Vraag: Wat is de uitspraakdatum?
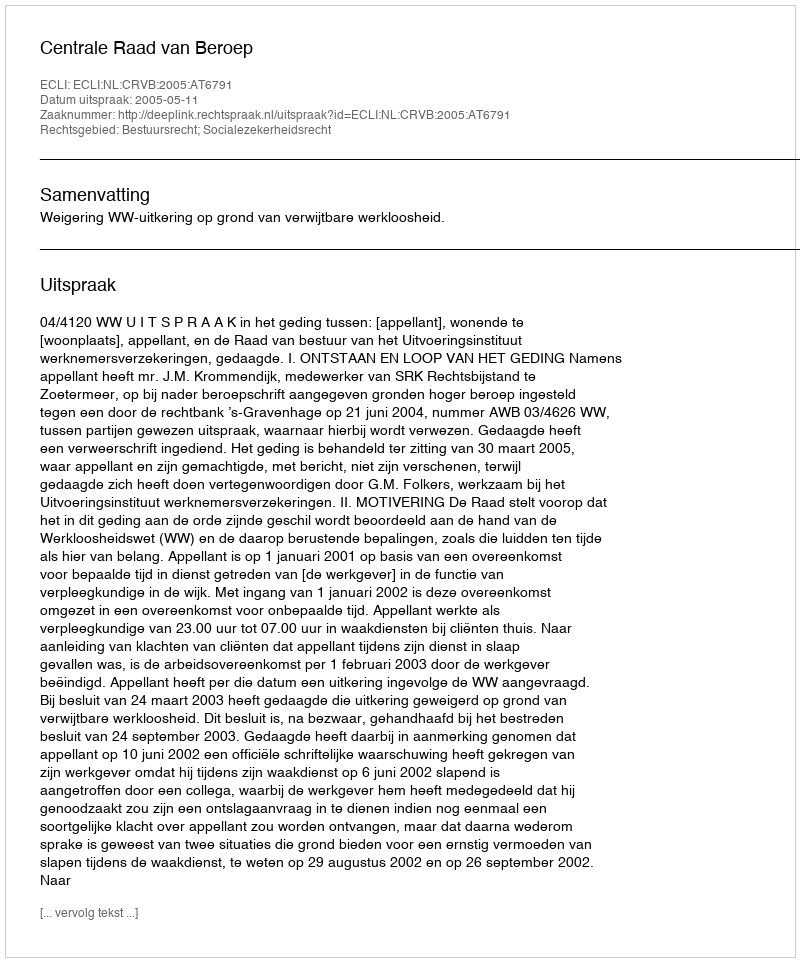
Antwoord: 2005-05-11